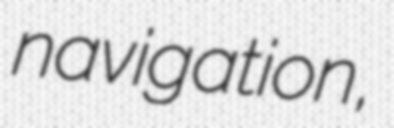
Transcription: navigation,